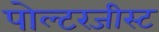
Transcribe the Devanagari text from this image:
पोल्टरजीस्ट